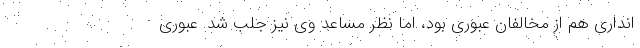
انداری هم از مخالفان عبوری بود، اما نظر مساعد وی نیز جلب شد. عبوری